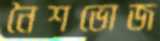
নৈশভোজ